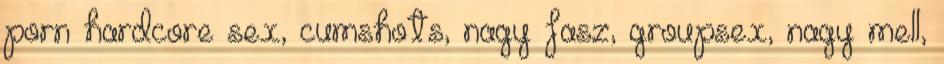
porn hardcore sex, cumshots, nagy fasz, groupsex, nagy mell,